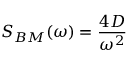
S _ { B M } ( \omega ) = { \frac { 4 D } { \omega ^ { 2 } } }